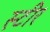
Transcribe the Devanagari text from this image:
स्टीर